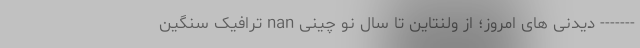
------- دیدنی های امروز؛ از ولنتاین تا سال نو چینی nan ترافیک سنگین